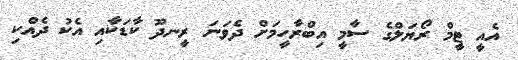
އެއީ ޓީމް ރޯޔަލްގެ ސާމީ އިބްރާހީމަށް ދެވަނަ ރީނދޫ ކާޑަކާއި އެކު ދެއްކި